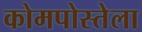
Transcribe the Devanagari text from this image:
कोमपोस्तेला